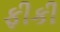
ફીકી